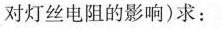
对灯丝电阻的影响）求：